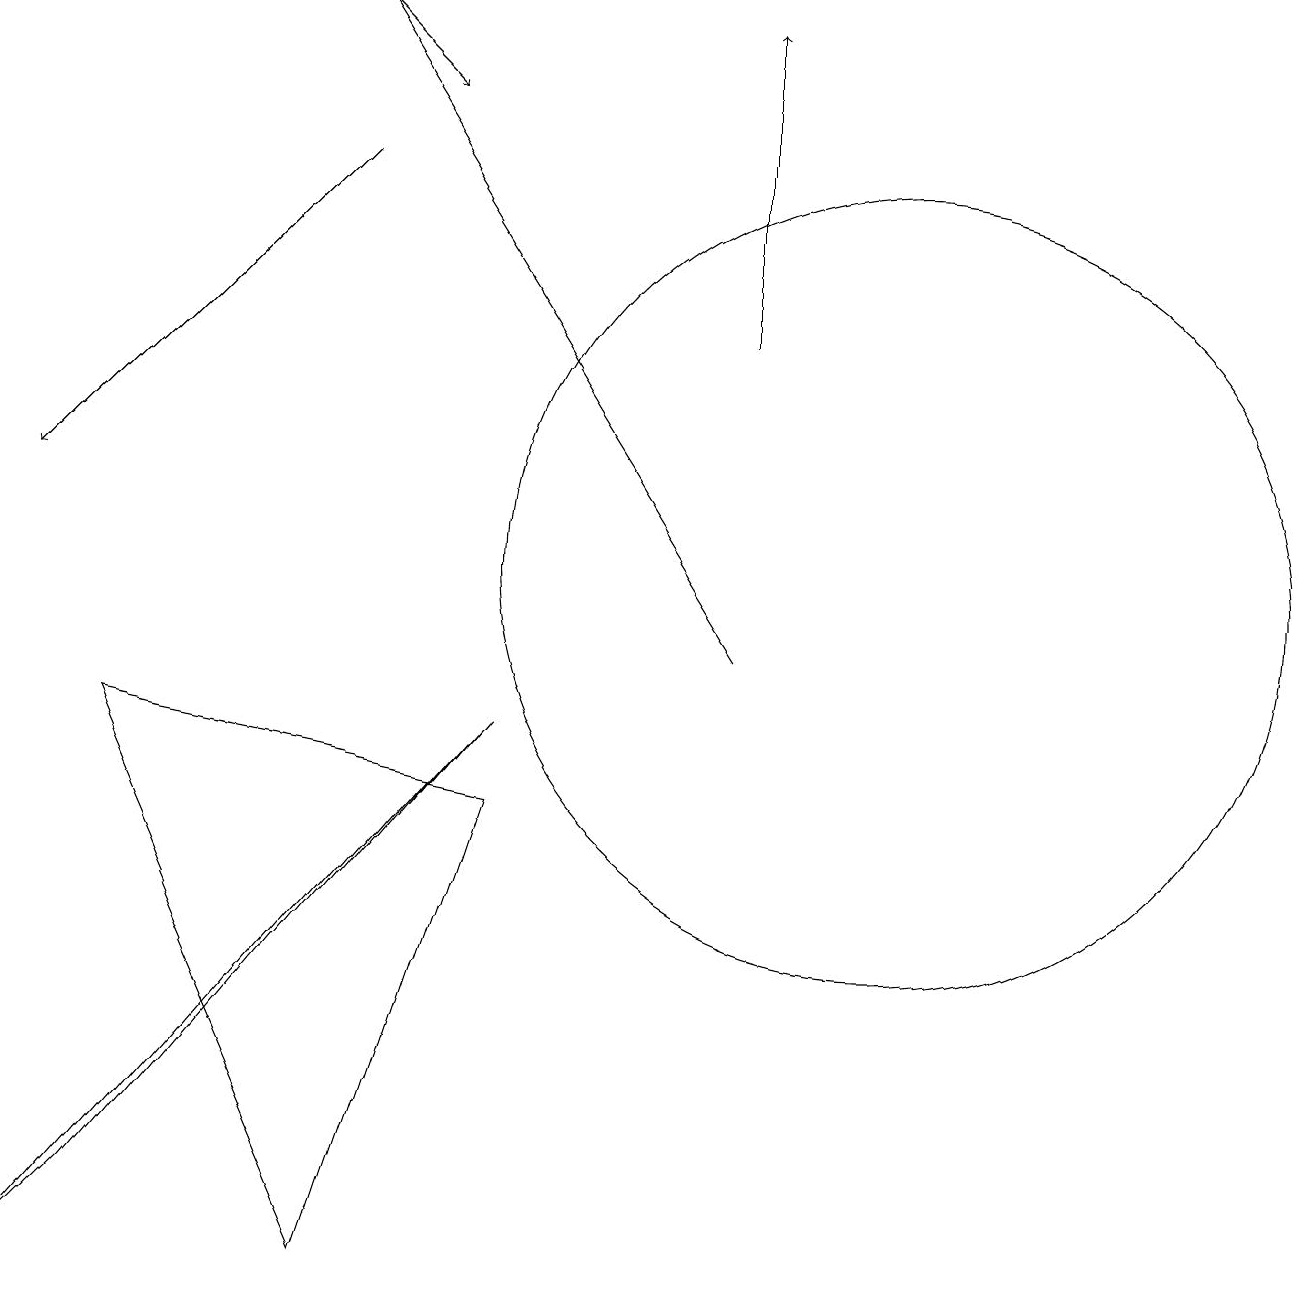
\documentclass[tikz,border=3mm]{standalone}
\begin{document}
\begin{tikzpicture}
\draw[->] (9,14) -- (9,18);
\draw[->] (4,16) -- (0,12);
\draw[->] (4,18) -- (5,17);
\draw (1,9) -- (4,2) -- (6,8) -- cycle;
\draw (11,11) circle (5);
\draw[->] (9,10) -- (4,18);
\draw (6,9) -- (0,2) -- (1,3) -- cycle;
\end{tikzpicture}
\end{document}